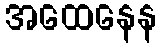
အထေနေန